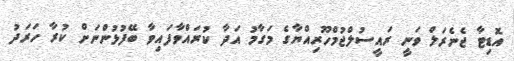
އޮޑިޓާ ޖެނެރަލް ވަނީ ރައީސުލްޖުމްހޫރިއްޔާގެ މަގާމު އަދާ ކުރައްވާފައިވާ ބޭފުޅުންނަށް ކުރާ ހަރަދު